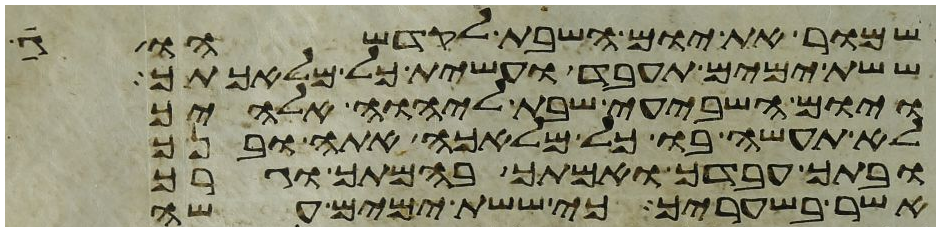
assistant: שמור את יום השבת לקדשהו
ששת ימים תעבד ועשית כל מלאכתך
ויום השביעי שבת ליהוה אלהיך
לא תעשה בו כל מלאכה אתה ובנך
ובתך עבדך ואמתך בהמתך וגרך
אשר בשעריך כי ששת ימים עשה